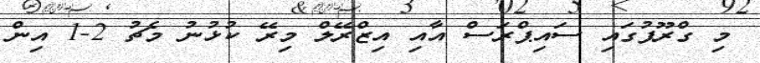
މި ގްރޫޕުގައި ސައިޕްރަސް އާއި އިޒްރޭލް މިރޭ ކުޅުނު މެޗު 2-1 އިން